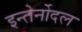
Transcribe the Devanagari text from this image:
इन्तेर्नोदल